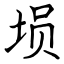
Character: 埙